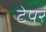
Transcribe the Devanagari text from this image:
टेपर